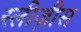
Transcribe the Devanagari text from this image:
स्लीज़ीस